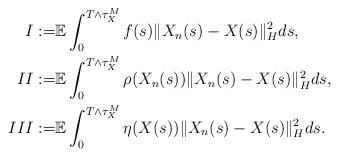
LaTeX: \begin{align*}I := & \mathbb{E} \int_0^{T\wedge\tau_{X}^M} f(s) \Vert X_n(s) - X(s) \Vert_H^2 ds ,\\II := & \mathbb{E} \int_0^{T\wedge\tau_{X}^M} \rho(X_n(s)) \Vert X_n(s) - X(s) \Vert_H^2 ds ,\\III := & \mathbb{E} \int_0^{T\wedge\tau_{X}^M} \eta(X(s)) \Vert X_n(s) - X(s) \Vert_H^2 ds .\end{align*}